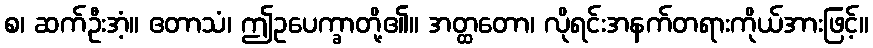
စ၊ ဆက်ဦးအံ့။ ဧတာသံ၊ ဤဥပေက္ခာတို့၏။ အတ္ထတော၊ လိုရင်းအနက်တရားကိုယ်အားဖြင့်။